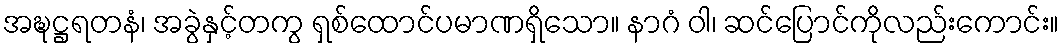
အဍ္ဎဋ္ဌရတနံ၊ အခွဲနှင့်တကွ ရှစ်ထောင်ပမာဏရှိသော။ နာဂံ ဝါ၊ ဆင်ပြောင်ကိုလည်းကောင်း။